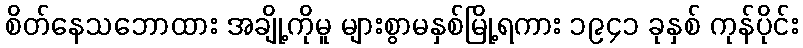
စိတ်နေသဘောထား အချို့ကိုမူ များစွာမနှစ်မြို့ရကား ၁၉၄၁ ခုနှစ် ကုန်ပိုင်း